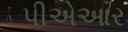
પીએઆર